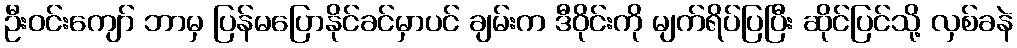
ဦးဝင်းကျော် ဘာမှ ပြန်မပြောနိုင်ခင်မှာပင် ချမ်းက ဒီဝိုင်းကို မျက်ရိပ်ပြပြီး ဆိုင်ပြင်သို့ လှစ်ခနဲ